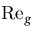
\mathrm { R e } _ { g }